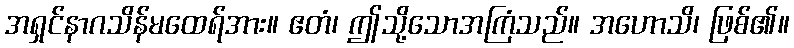
အရှင်နာဂသိန်မထေရ်အား။ ဧတံ၊ ဤသို့သောအကြံသည်။ အဟောသိ၊ ဖြစ်၏။